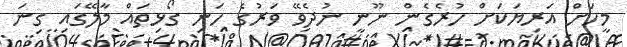
މީހަށް އަރިޔަކަށް ހުރެގެން ނޫނީ ނުދެވޭ ވަރުގެ ހަނި ގޯޅިތައް މާލޭގައި ގިނަ